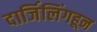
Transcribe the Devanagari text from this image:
दार्जिलिंगहून